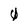
Character: 0